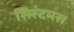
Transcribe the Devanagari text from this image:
सिस्टमस